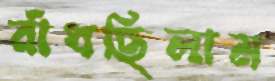
রাঁধছিলাম